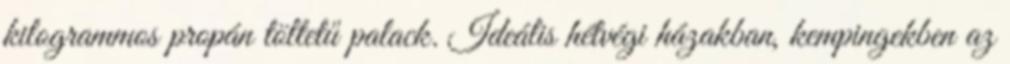
kilogrammos propán töltetű palack. Ideális hétvégi házakban, kempingekben az